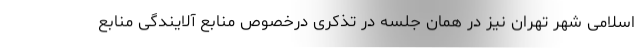
اسلامی شهر تهران نیز در همان جلسه در تذکری درخصوص منابع آلایندگی منابع